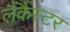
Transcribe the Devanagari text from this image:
लैंकैस्टर